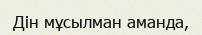
Дін мұсылман аманда,